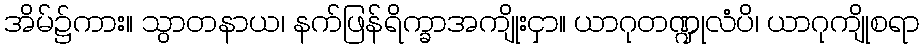
အိမ်၌ကား။ သွာတနာယ၊ နက်ဖြန်ရိက္ခာအကျိုးငှာ။ ယာဂုတဏ္ဍုလံပိ၊ ယာဂုကျိုစရာ